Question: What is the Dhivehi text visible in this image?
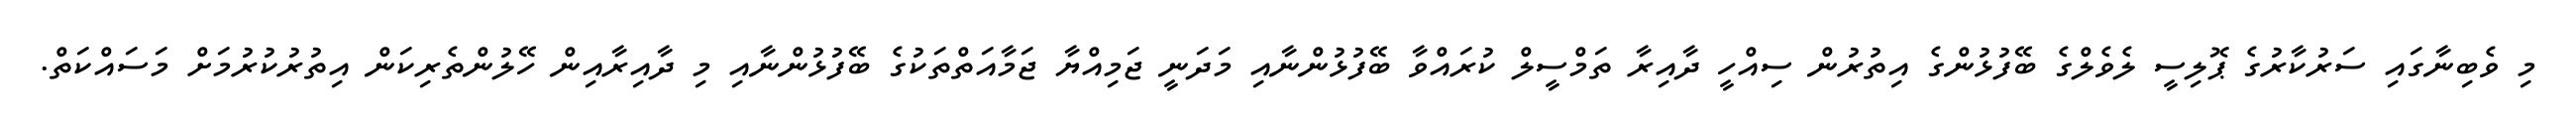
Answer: މި ވެބިނާގައި ސަރުކާރުގެ ޕޮލިސީ ލެވެލްގެ ބޭފުޅުންގެ އިތުރުން ސިއްހީ ދާއިރާ ތަމްސީލް ކުރައްވާ ބޭފުޅުންނާއި މަދަނީ ޖަމިއްޔާ ޖަމާއަތްތަކުގެ ބޭފުޅުންނާއި މި ދާއިރާއިން ހޭލުންތެރިކަން އިތުރުކުރުމަށް މަސައްކަތް.